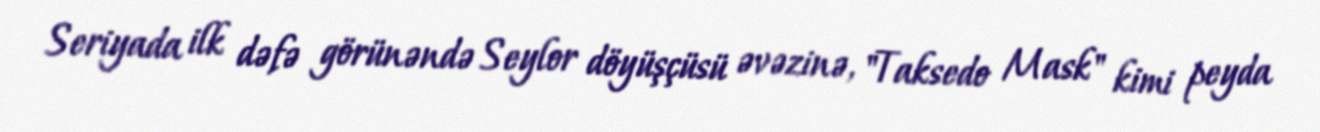
Seriyada ilk dəfə görünəndə Seylor döyüşçüsü əvəzinə, "Taksedo Mask" kimi peyda